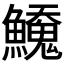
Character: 𬵲